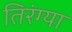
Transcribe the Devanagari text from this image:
तिरंग्या